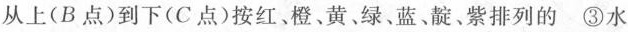
从上(B点)到下(C点)按红、橙、黄、绿、蓝、靛、紫排列的 ③水